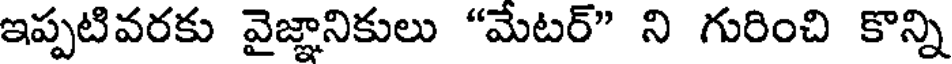
ఇప్పటివరకు వైజ్ఞానికులు "మేటర్" ని గురించి కొన్ని